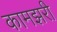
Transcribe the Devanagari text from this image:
कामझरी